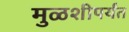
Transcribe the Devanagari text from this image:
मुळशीपर्यंत